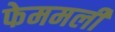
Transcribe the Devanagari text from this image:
फेममली